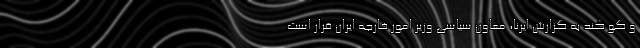
و گو کند به گزارش ایرنا، معاون سیاسی وزیر امور خارجه ایران قرار است